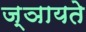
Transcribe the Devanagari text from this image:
ज्ञायते